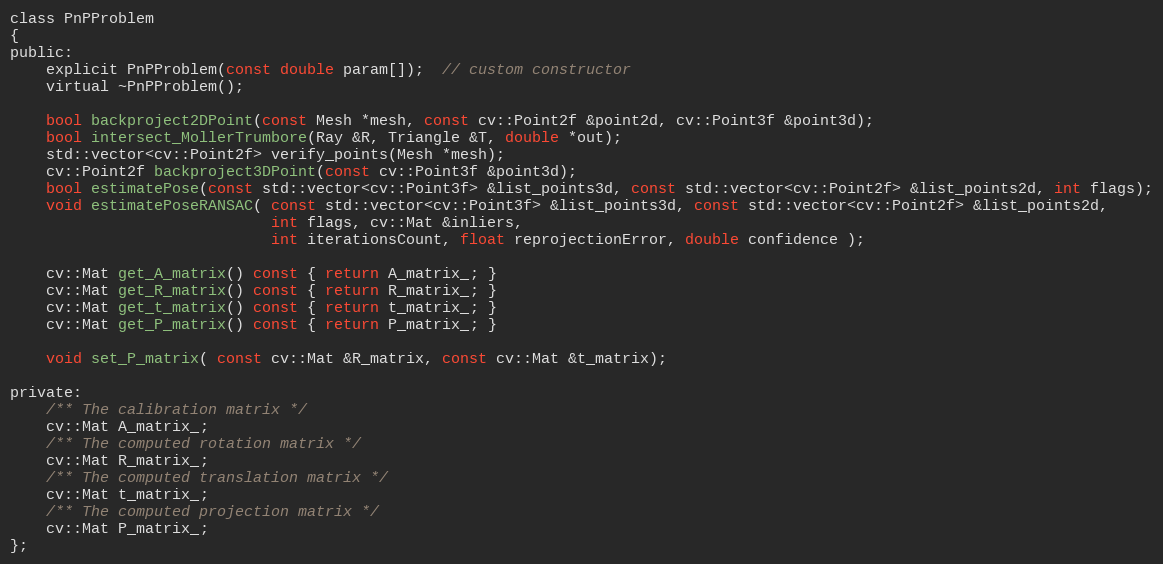
Language: C
class PnPProblem
{
public:
    explicit PnPProblem(const double param[]);  // custom constructor
    virtual ~PnPProblem();

    bool backproject2DPoint(const Mesh *mesh, const cv::Point2f &point2d, cv::Point3f &point3d);
    bool intersect_MollerTrumbore(Ray &R, Triangle &T, double *out);
    std::vector<cv::Point2f> verify_points(Mesh *mesh);
    cv::Point2f backproject3DPoint(const cv::Point3f &point3d);
    bool estimatePose(const std::vector<cv::Point3f> &list_points3d, const std::vector<cv::Point2f> &list_points2d, int flags);
    void estimatePoseRANSAC( const std::vector<cv::Point3f> &list_points3d, const std::vector<cv::Point2f> &list_points2d,
                             int flags, cv::Mat &inliers,
                             int iterationsCount, float reprojectionError, double confidence );

    cv::Mat get_A_matrix() const { return A_matrix_; }
    cv::Mat get_R_matrix() const { return R_matrix_; }
    cv::Mat get_t_matrix() const { return t_matrix_; }
    cv::Mat get_P_matrix() const { return P_matrix_; }

    void set_P_matrix( const cv::Mat &R_matrix, const cv::Mat &t_matrix);

private:
    /** The calibration matrix */
    cv::Mat A_matrix_;
    /** The computed rotation matrix */
    cv::Mat R_matrix_;
    /** The computed translation matrix */
    cv::Mat t_matrix_;
    /** The computed projection matrix */
    cv::Mat P_matrix_;
};